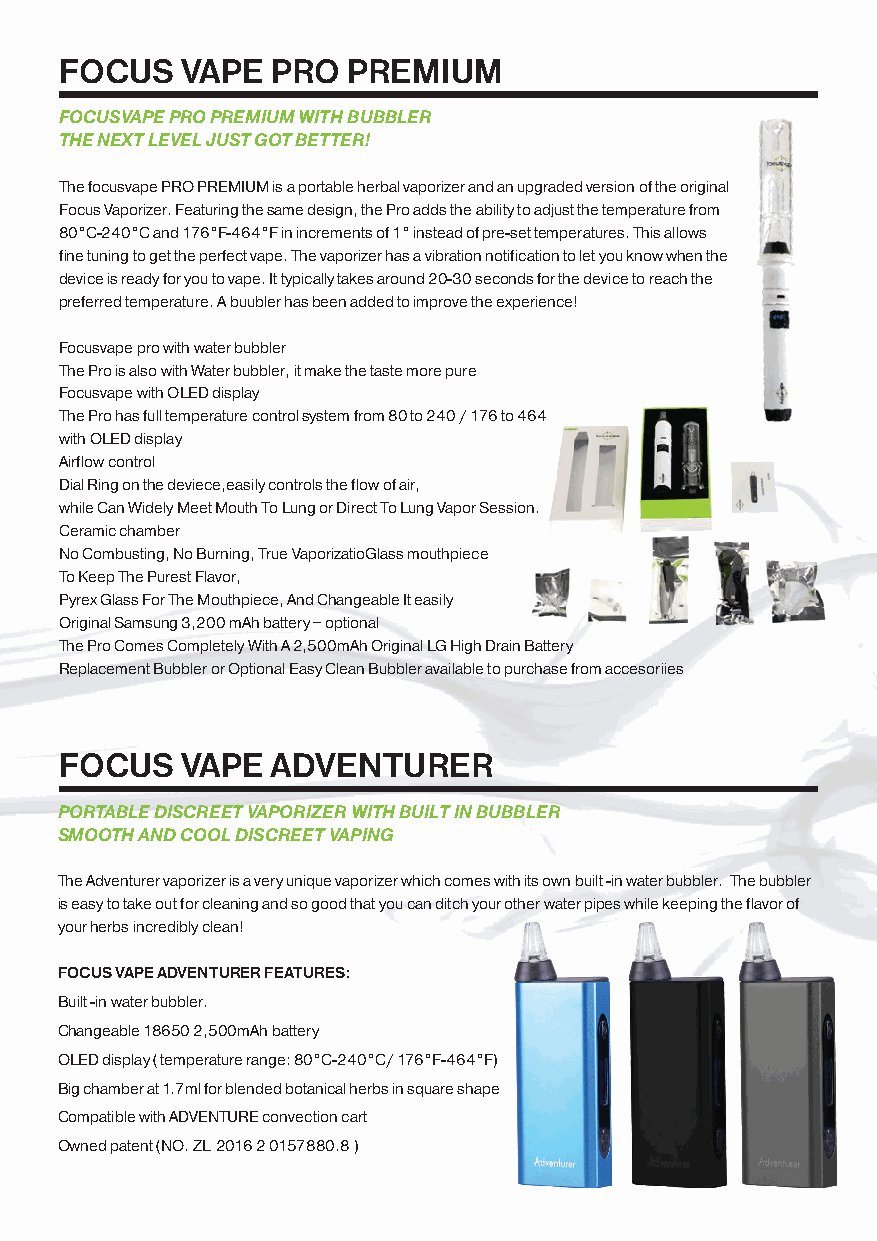
FOCUS   VAPE  PRO  PREMIUM
 FOCUSVAPE PRO PREMIUM WITH BUBBLER
 THE NEXT LEVEL JUST GOT BETTER!
 The focusvape PRO PREMIUM is a portable herbal vaporizer and an upgraded version of the original
 Focus Vaporizer. Featuring the same design, the Pro adds the ability to adjust the temperature from
 80°C-240°C and 176°F-464°F in increments of 1° instead of pre-set temperatures. This allows
 fine tuning to get the perfect vape. The vaporizer has a vibration notification to let you know when the
 device is ready for you to vape. It typically takes around 20-30 seconds for the device to reach the
 preferred temperature. A buubler has been added to improve the experience!
 Focusvape pro with water bubbler
 The Pro is also with Water bubbler, it make the taste more pure
 Focusvape with OLED display
 The Pro has full temperature control system from 80� to 240� / 176� to 464�
 with OLED display
 Airflow control
 Dial Ring on the deviece,easily controls the flow of air,
 while Can Widely Meet Mouth To Lung or Direct To Lung Vapor Session.
 Ceramic chamber
 No Combusting, No Burning, True VaporizatioGlass mouthpiece
 To Keep The Purest Flavor,
 Pyrex Glass For The Mouthpiece, And Changeable It easily
 Original Samsung 3,200 mAh battery – optional
 The Pro Comes Completely With A 2,500mAh Original LG High Drain Battery
 Replacement Bubbler or Optional Easy Clean Bubbler available to purchase from accesoriies
 FOCUS   VAPE  ADVENTURER
 PORTABLE DISCREET VAPORIZER WITH BUILT IN BUBBLER
 SMOOTH AND COOL DISCREET VAPING
 The Adventurer vaporizer is a very unique vaporizer which comes with its own built -in water bubbler. The bubbler
 is easy to take out for cleaning and so good that you can ditch your other water pipes while keeping the flavor of
 your herbs incredibly clean!
 FOCUS VAPE ADVENTURER FEATURES:
 Built -in water bubbler.
 Changeable 18650 2,500mAh battery
 OLED display ( temperature range: 80°C-240°C/ 176°F-464°F)
 Big chamber at 1.7ml for blended botanical herbs in square shape
 Compatible with ADVENTURE convection cart
 Owned patent (NO. ZL 2016 2 0157880.8 )